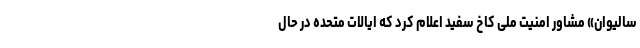
سالیوان» مشاور امنیت ملی کاخ سفید اعلام کرد که ایالات متحده در حال